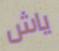
ياش